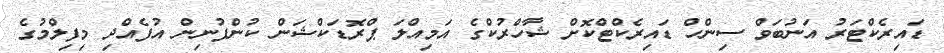
ޑައިރެކްޓަރު އަނުބަވް ސިންހް ޑައިރެކްޓްކޮށް ޝާހްރުކްގެ އަމިއްލަ ޕްރޮޑަކްޝަން ކުންފުނިން އުފެއްދި މިފިލްމުގެ